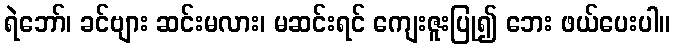
ရဲဘော်၊ ခင်ဗျား ဆင်းမလား၊ မဆင်းရင် ကျေးဇူးပြု၍ ဘေး ဖယ်ပေးပါ။